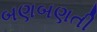
બણબણતી